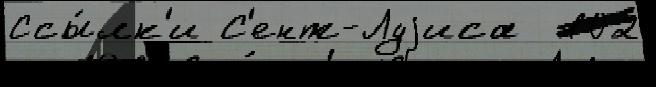
Ссы́лк'и С'ент-Луjиса  102